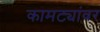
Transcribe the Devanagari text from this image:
कामट्यांवर